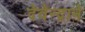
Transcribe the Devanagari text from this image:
देवेन्द्राने